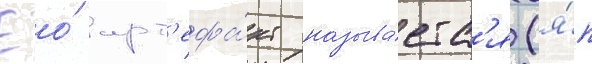
Ео́ арт'ефа́кт называ́етс'я (я́п